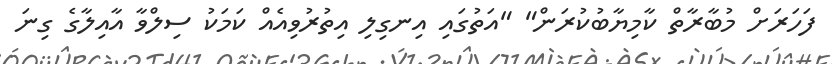
ފަހަރަށް މުބާރާތް ކާމިޔާބުކުރަން" "އަތުގައި އިނގިލި އިތުރުވިއެއް ކަމަކު ސިލްވާ އާއިލާގެ ގިނަ